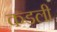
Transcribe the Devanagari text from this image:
कडली